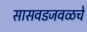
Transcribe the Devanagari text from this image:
सासवडजवळचे